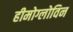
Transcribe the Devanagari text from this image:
हीमोग्लोविन